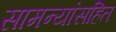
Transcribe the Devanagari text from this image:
सामन्यांसहित